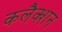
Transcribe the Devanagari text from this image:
कलैक्शन